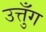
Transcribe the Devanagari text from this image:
उत्तुँग